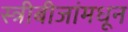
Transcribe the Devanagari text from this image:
स्त्रीबीजांमधून